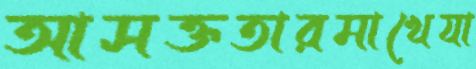
আসক্ততারমাখেযা